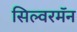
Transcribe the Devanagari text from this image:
सिल्वरमॅन